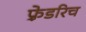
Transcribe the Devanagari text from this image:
फ़्रेडरिच